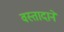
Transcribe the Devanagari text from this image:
वस्तादाने